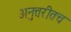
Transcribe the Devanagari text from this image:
अनुत्तरीतच